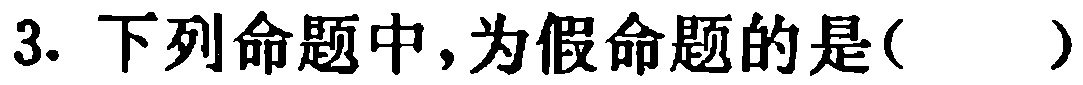
3. 下列命题中，为假命题的是( )